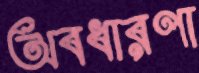
অবধারণা